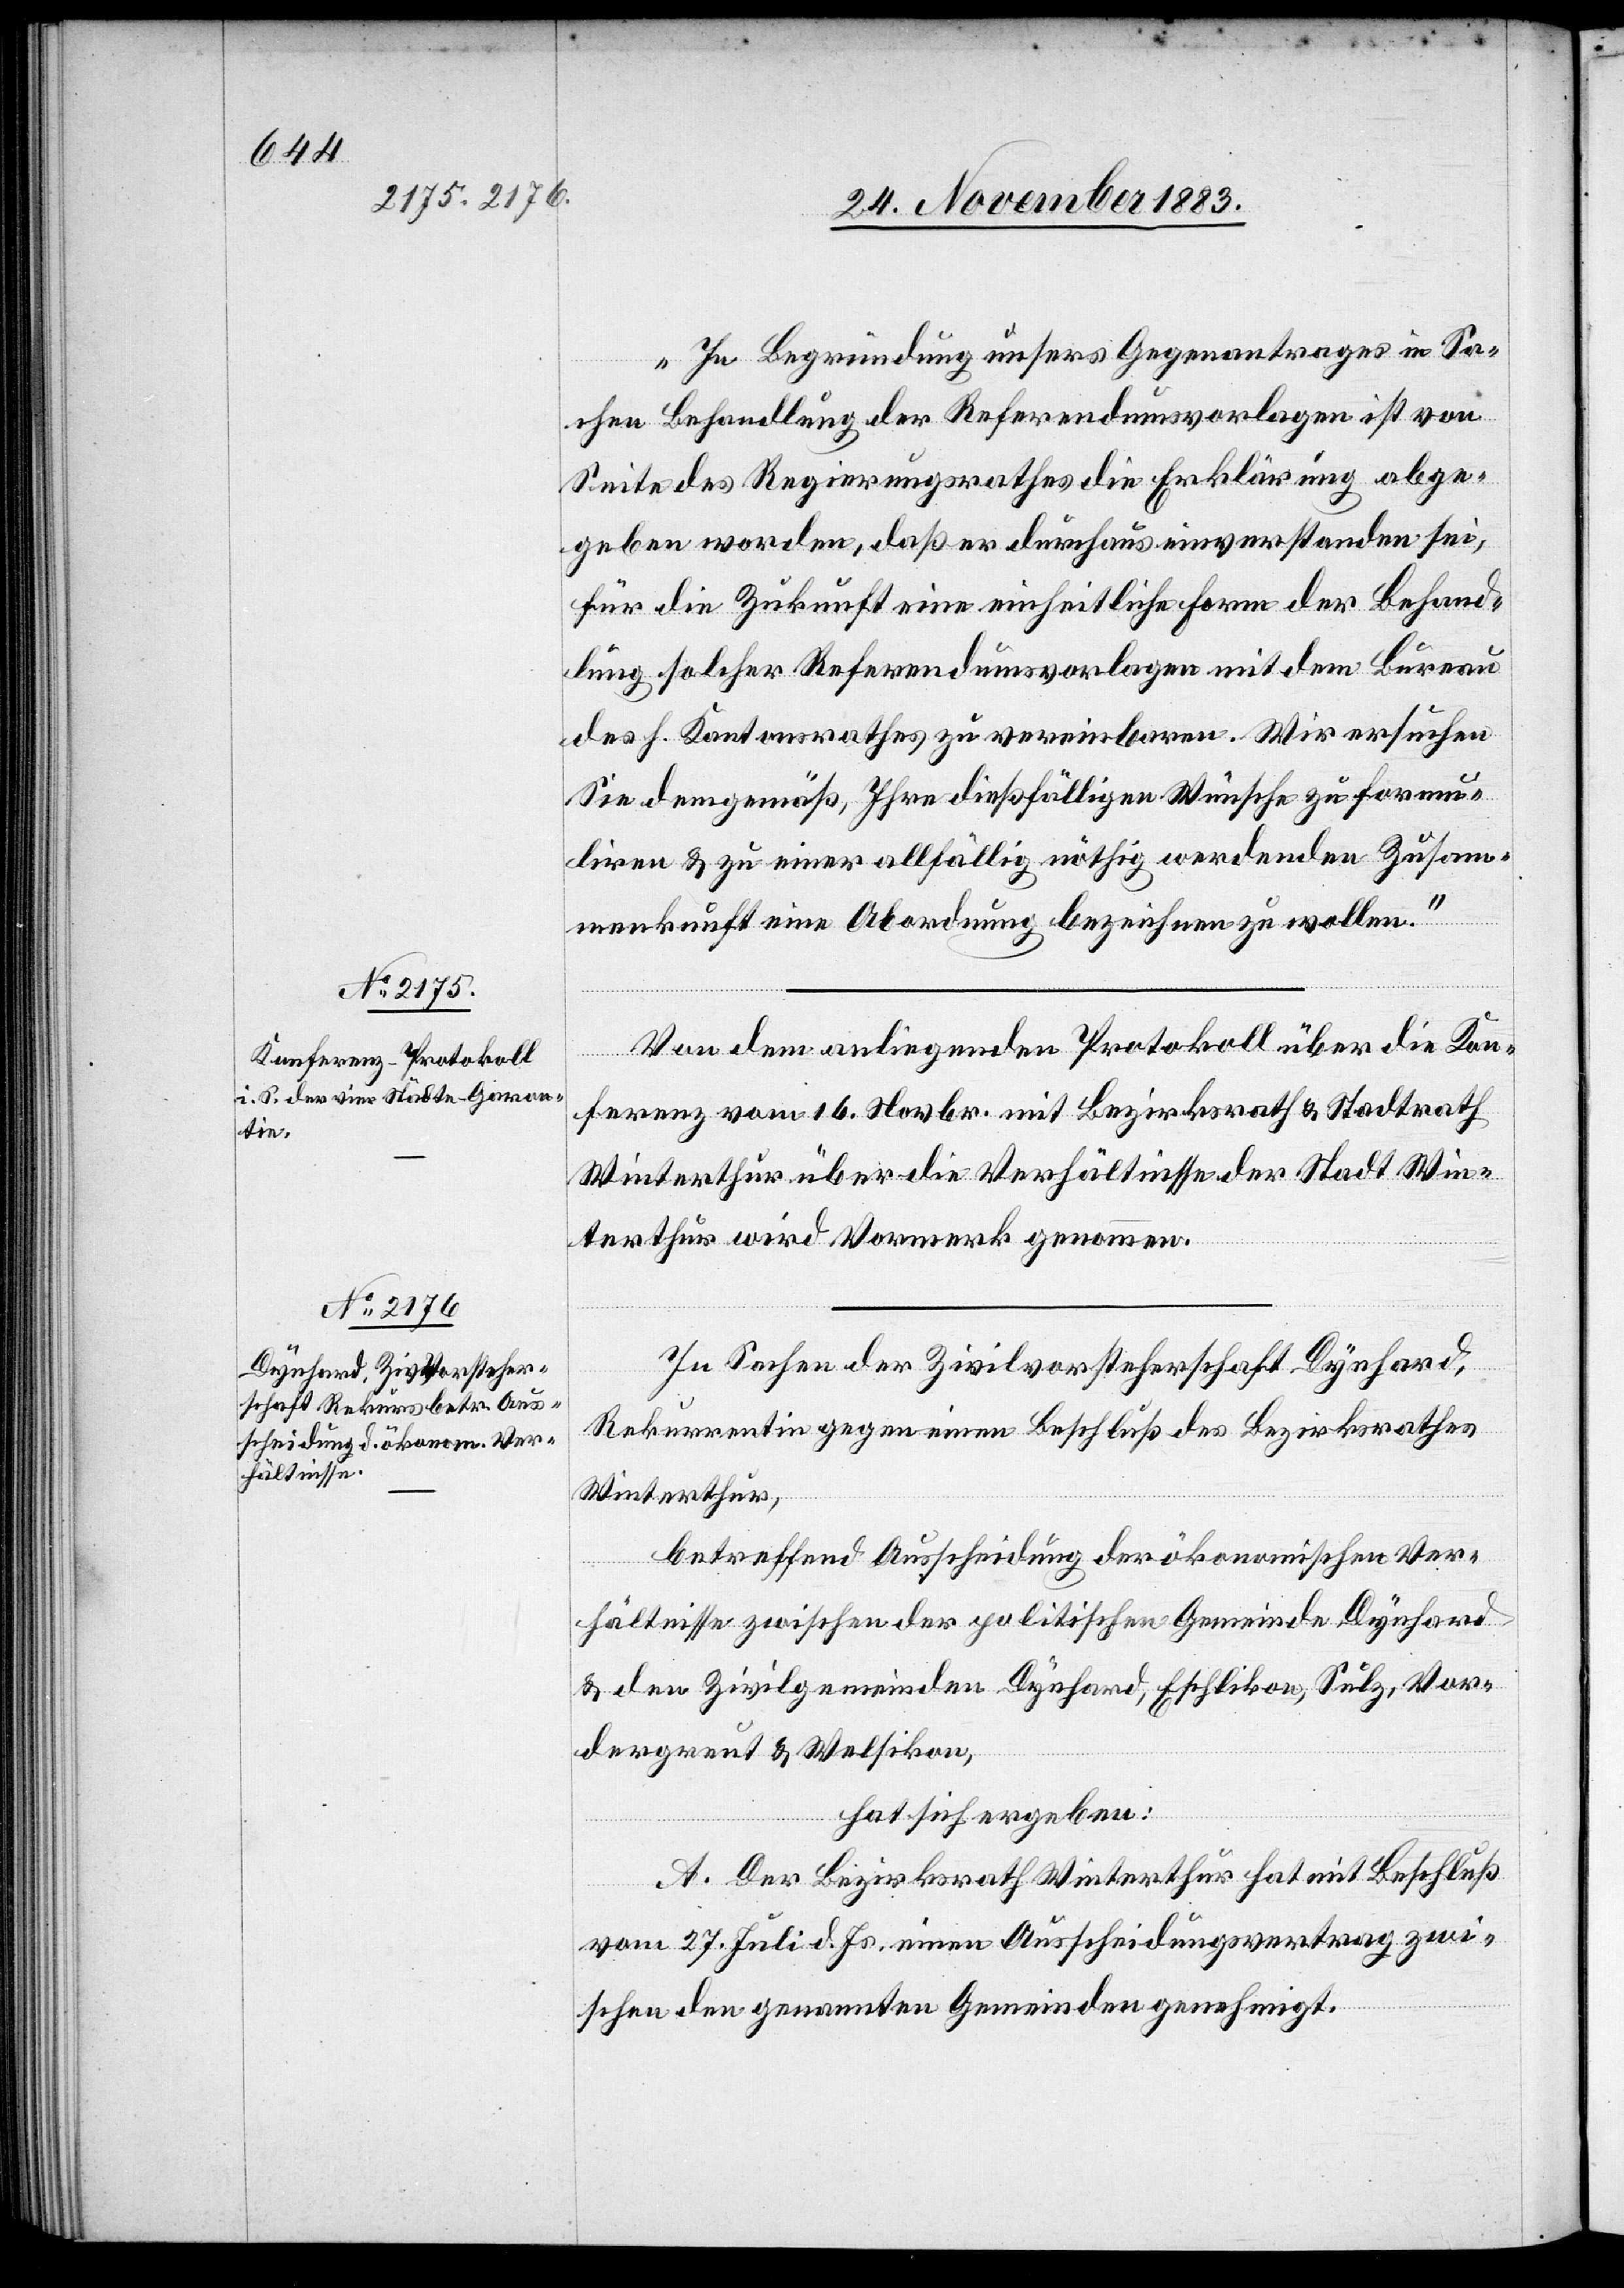
„In Begründung unsers Gegenantrages in Sa¬
chen der Behandlung der Referendumsvorlage ist von
Seite des Regierungsrathes die Erklärung abge¬
geben worden, daß er durchaus einverstanden sei,
für die Zukunft eine einheitliche Form der Behand¬
lung solcher Referendumsvorlagen mit dem Bureau
des h. Kantonsrathes zu vereinbaren. Wir ersuchen
Sie demgemäß, Ihre dießfälligen Wünsche zu formu¬
liren & zu einer allfällig nöthig werdenden Zusam¬
menkunft eine Abordnung bezeichnen zu wollen.“
Von dem anliegenden Protokoll über die Kon¬
ferenz vom 16. Novbr. mit Bezirksrath & Stadtrath
Winterthur über die Verhältnisse der Stadt Win¬
terthur wird Vormerk genommen.
In Sachen der Zivilvorsteherschaft Dynhard,
Rekurrentin gegen einen Beschluß des Bezirksrathes
Winterthur,
betreffend Ausscheidung der ökonomischen Ver¬
hältnisse zwischen der politischen Gemeinde Dynhard
& den Zivilgemeinden Dynhard, Eschlikon, Sulz, Vor¬
dergreut & Welsikon,
hat sich ergeben:
A. Der Bezirksrath Winterthur hat mit Beschluß
vom 27. Juli d. Js. einen Ausscheidungsvertrag zwi¬
schen den genannten Gemeinden genehmigt.